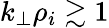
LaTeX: k_{\perp}\rho_{i}\gtrsim 1